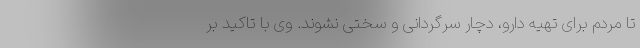
تا مردم برای تهیه دارو، دچار سرگردانی و سختی نشوند. وی با تاکید بر